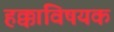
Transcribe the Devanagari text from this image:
हक्कांविषयक